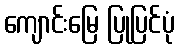
ကျောင်းမြေ ပြုပြင်ပုံ